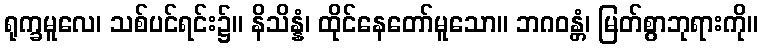
ရုက္ခမူလေ၊ သစ်ပင်ရင်း၌။ နိသိန္နံ၊ ထိုင်နေတော်မူသော။ ဘဂဝန္တံ၊ မြတ်စွာဘုရားကို။